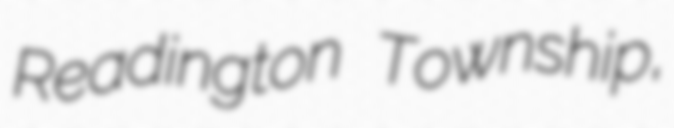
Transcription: Readington Township,